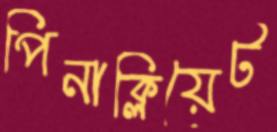
পিনাক্লিয়েট